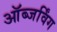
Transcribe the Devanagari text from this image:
ऑब्जर्विंग